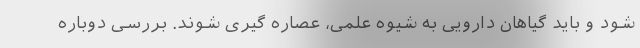
شود و باید گیاهان دارویی به شیوه علمی، عصاره گیری شوند. بررسی دوباره